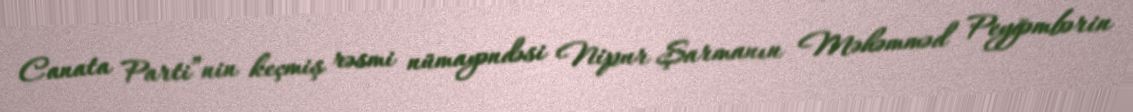
Canata Parti”nin keçmiş rəsmi nümayəndəsi Nipur Şarmanın Məhəmməd Peyğəmbərin